Subject: math
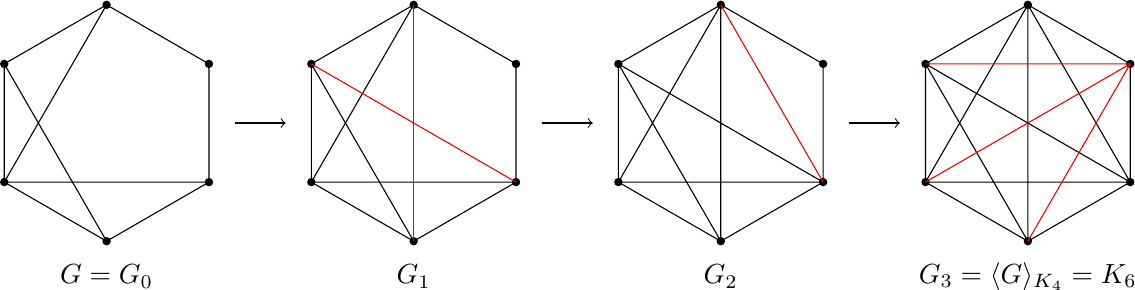
LaTeX code:
		\begin{tikzpicture}[scale=0.65]
		\filldraw[black] (-6,1.1547) circle (2pt);
		\filldraw[black] (-6,-1.1547) circle (2pt);
		\filldraw[black] (-4,2.3094) circle (2pt);
		\filldraw[black] (-4,-2.3094) circle (2pt);
		\filldraw[black] (-2,1.1547) circle (2pt);
		\filldraw[black] (-2,-1.1547) circle (2pt);
		\filldraw[black] (0,1.1547) circle (2pt);
		\filldraw[black] (0,-1.1547) circle (2pt);
		\filldraw[black] (2,2.3094) circle (2pt);
		\filldraw[black] (2,-2.3094) circle (2pt);
		\filldraw[black] (4,1.1547) circle (2pt);
		\filldraw[black] (4,-1.1547) circle (2pt);
		\filldraw[black] (6,1.1547) circle (2pt);
		\filldraw[black] (6,-1.1547) circle (2pt);
		\filldraw[black] (8,2.3094) circle (2pt);
		\filldraw[black] (8,-2.3094) circle (2pt);
		\filldraw[black] (10,1.1547) circle (2pt);
		\filldraw[black] (10,-1.1547) circle (2pt);
		\filldraw[black] (12,1.1547) circle (2pt);
		\filldraw[black] (12,-1.1547) circle (2pt);
		\filldraw[black] (14,2.3094) circle (2pt);
		\filldraw[black] (14,-2.3094) circle (2pt);
		\filldraw[black] (16,1.1547) circle (2pt);
		\filldraw[black] (16,-1.1547) circle (2pt);
        \node at (-4,-3) {\(G=G_0\)};
        \draw [->](-1.5,0) -- (-0.5,0);
        \node at (2,-3) {\(G_1\)};
        \draw [->](4.5,0) -- (5.5,0);
        \node at (8,-3) {\(G_2\)};
        \draw [->](10.5,0) -- (11.5,0);
        \node at (14,-3) {\(G_3=\langle G\rangle_{K_4}=K_6\)};

		\draw (-4,2.3094) -- (-6,1.1547) -- (-6,-1.1547) -- (-4,-2.3094) -- (-2,-1.1547) -- (-2,1.1547) -- (-4,2.3094) -- (-6,-1.1547) -- (-2,-1.1547);
        \draw (-6,1.1547) -- (-4,-2.3094);

		\draw (2,2.3094) -- (0,1.1547) -- (0,-1.1547) -- (2,-2.3094) -- (4,-1.1547) -- (4,1.1547) -- (2,2.3094) -- (0,-1.1547) -- (4,-1.1547);
        \draw (0,1.1547) -- (2,-2.3094);
        \draw[red] (2,2.3094) -- (2,-2.3094);
        \draw[red] (0,1.1547) -- (4,-1.1547);

        \draw (6,1.1547) -- (8,-2.3094) -- (8,2.3094) -- (6,1.1547) -- (6,-1.1547) -- (8,-2.3094) -- (10,-1.1547) -- (10,1.1547) -- (8,2.3094) -- (6,-1.1547) -- (10,-1.1547) -- (6,1.1547);
        \draw[red] (8,2.3094) -- (10,-1.1547);

        \draw (16,-1.1547) -- (12,1.1547) -- (14,-2.3094) -- (14,2.3094) -- (12,1.1547) -- (12,-1.1547) -- (14,-2.3094) -- (16,-1.1547) -- (16,1.1547) -- (14,2.3094) -- (12,-1.1547) -- (16,-1.1547) -- (14,2.3094);
        \draw[red] (14,-2.3094) -- (16,1.1547) -- (12,1.1547);
        \draw[red] (16,1.1547) -- (12,-1.1547);

				\end{tikzpicture}